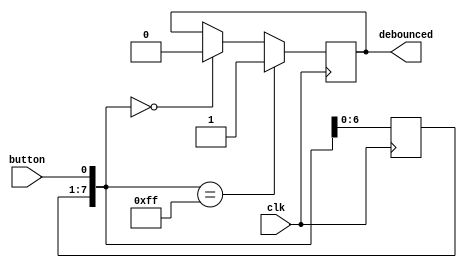
module debounce (
    input clk,
    input button,
    output reg debounced
);
    initial debounced = 0;
    parameter hist_len = 8;
    localparam on_value = 2 ** hist_len - 1;
    reg [hist_len-1:0] button_hist = 0;

    always@(posedge clk) begin
        button_hist = {button_hist[hist_len-2:0], button };
        if(button_hist == on_value) 
           debounced <= 1;
        else if(button_hist == 0)
           debounced <= 0;
    end

    `ifdef FORMAL
        // assert debounce goes high when button_hist is full
        always @(*)
            if(button_hist == on_value)
                assert property(debounced == 1);
        // assert debounce is low when button_hist empty
        always @(*)
            if(button_hist == 0)
                assert property(debounced == 0);
    `endif

endmodule